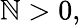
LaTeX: \mathbb{N}>0,